Vaccination North-Western Provinces 1866-1877 - 1866-1877
Year: 1866
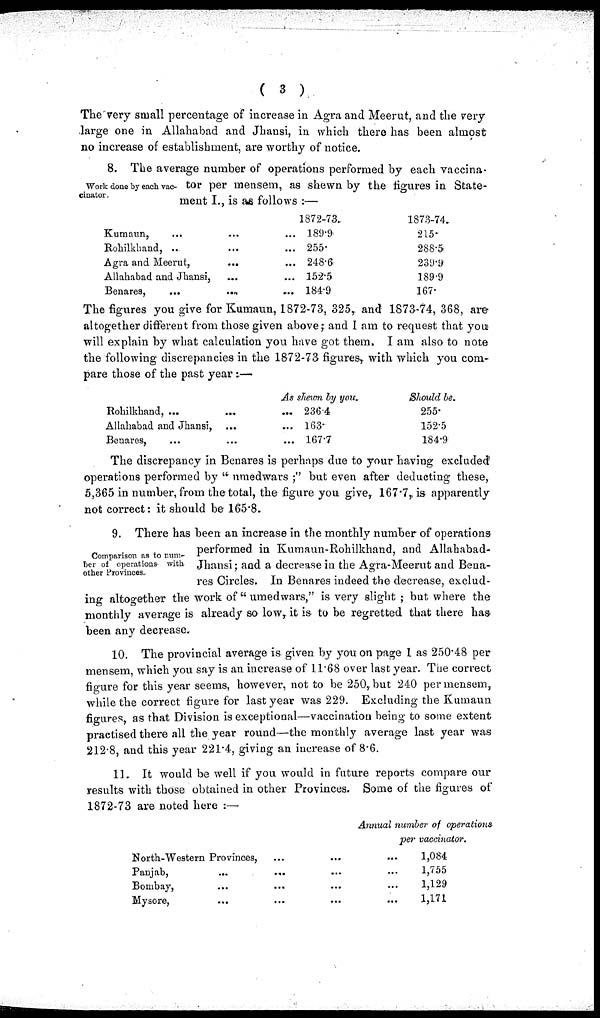
( 3 )
The very small percentage of increase in Agra and Meerut, and the very
large one in Allahabad and Jhansi, in which there has been almost
no increase of establishment, are worthy of notice.
Work done by each vac-
cinator .
8. The average number of operations performed by each vaccina-
tor per mensem, as shewn by the figures in State-
ment I., is as follows :—
Kumaun, ... ... ...
Rohilkhand, .. ... ...
Agra and Meerut,
...
...
Allahabad and Jhansi, ... ...
Benares,
...
...
...
1872-73.
189.9
255.
248.6
152.5
184.9
1873-74.
215.
288.5
239.9
189.9
167.
The figures you give for Kumaun, 1872-73, 325, and 1873-74, 368, are
altogether different from those given above; and I am to request that you
will explain by what calculation you have got them. I am also to note
the following discrepancies in the 1872-73 figures, with which you com-
pare those of the past year:—
Rohilkhand, ... ... ...
Allahabad and Jhansi, ... ...
Benares, ... ... ...
As shewn by you.
236.4
163.
167.7
Should be.
255.
152.5
184.9
The discrepancy in Benares is perhaps due to your having excluded
operations performed by " umedwars ;" but even after deducting these,
5,365 in number, from the total, the figure you give, 167.7, is apparently
not correct: it should be 165.8.
Comparison as to number of operations with
other Provinces.
9. There has been an increase in the monthly number of operations
performed in Kumaun-Rohilkhand, and Allahabad-
Jhansi; and a decrease in the Agra-Meerut and Bena-
res Circles. In Benares indeed the decrease, exclud-
ing altogether the work of " umedwars," is very slight ; but where the
monthly average is already so low, it is to be regretted that there has
been any decrease.
10. The provincial average is given by you on page 1 as 250.48 per
mensem, which you say is an increase of 11.68 over last year. The correct
figure for this year seems, however, not to be 250, but 240 per mensem,
while the correct figure for last year was 229. Excluding the Kumaun
figures, as that Division is exceptional—vaccination being to some extent
practised there all the year round—the monthly average last year was
212.8, and this year 221.4, giving an increase of 8.6.
11. It would be well if you would in future reports compare our
results with those obtained in other Provinces. Some of the figures of
1872-73 are noted here :—
North-Western Provinces, ... ...
Panjab, ... ... ...
Bombay, ... ... ...
Mysore, ... ... ...
Annual number of operations
per vaccinator.
...
...
...
...
1,084
1,755
1,129
1,171